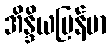
အိန္ဒိယမြန်မာ